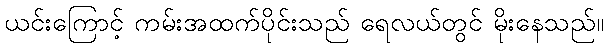
ယင်းကြောင့် ကမ်းအထက်ပိုင်းသည် ရေလယ်တွင် မိုးနေသည်။